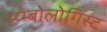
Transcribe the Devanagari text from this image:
स्य्म्बोलोगिस्ट